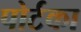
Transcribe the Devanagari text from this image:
पोर्टका